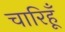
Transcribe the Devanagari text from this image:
चारिहूँ